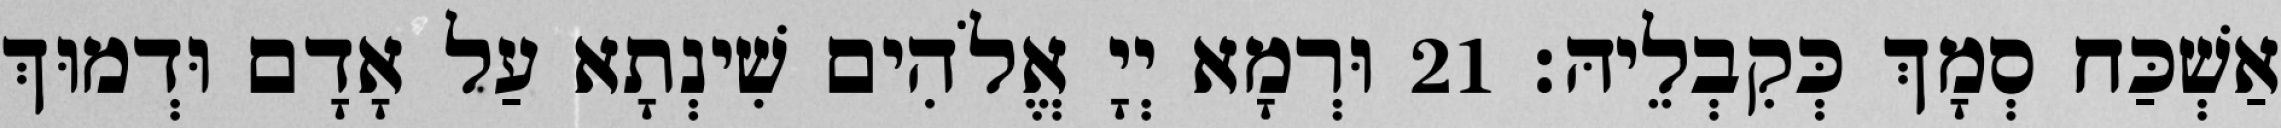
אַשְׁכַּח סְמָךְ כְּקִבְלֵיהּ׃ 21 וּרְמָא יְיָ אֱלֹהִים שִׁינְתָא עַל אָדָם וּדְמוּךְ